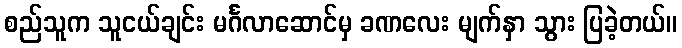
စည်သူက သူငယ်ချင်း မင်္ဂလာဆောင်မှ ခဏလေး မျက်နှာ သွား ပြခဲ့တယ်။